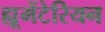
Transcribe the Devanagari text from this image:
ह्यूमेंटेरियन